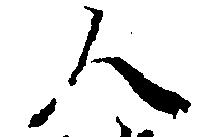
人